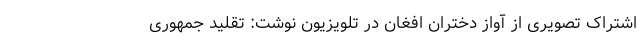
اشتراک تصویری از آواز دختران افغان در تلویزیون نوشت: تقلید جمهوری